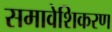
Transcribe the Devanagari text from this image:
समावेशिकरण